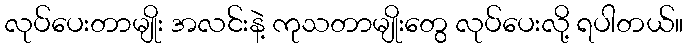
လုပ်ပေးတာမျိုး အလင်းနဲ့ ကုသတာမျိုးတွေ လုပ်ပေးလို့ ရပါတယ်။